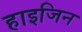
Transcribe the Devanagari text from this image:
हाइजिन